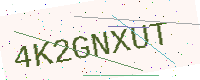
Text: 4K2GNXUT